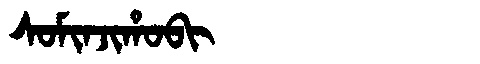
Manchu: ᠰᠣᠮᡳᠨᠵᡳᡥᠣᠪᡳ
Romanization: SOMINJIHOBI